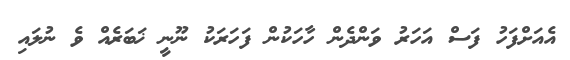
އެއަށްފަހު ފަސް އަހަރު ވަންދެން ހާހަކުން ފަހަރަކު ނޫނީ ޚަބަރެއް ވެ ނުލައި